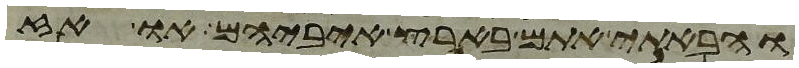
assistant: והבאתי אתם בארץ איביהם או אז